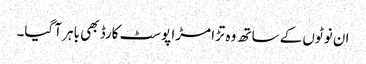
ان نوٹوں کے ساتھ وہ تڑا مڑا پوسٹ کارڈ بھی باہر آ گیا۔